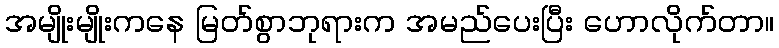
အမျိုးမျိုးကနေ မြတ်စွာဘုရားက အမည်ပေးပြီး ဟောလိုက်တာ။